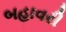
બહાવરી